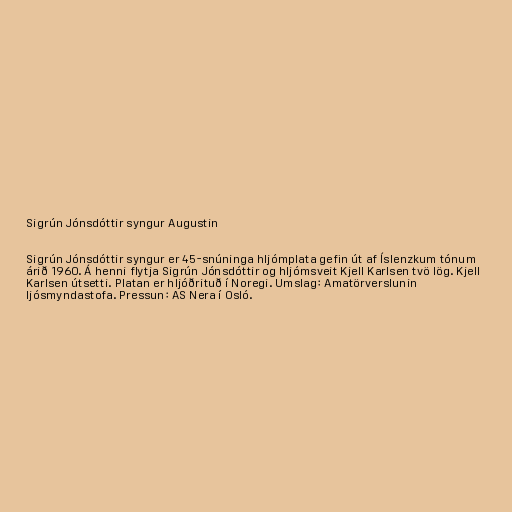
Sigrún Jónsdóttir syngur Augustin

Sigrún Jónsdóttir syngur er 45-snúninga hljómplata gefin út af Íslenzkum tónum
árið 1960. Á henni flytja Sigrún Jónsdóttir og hljómsveit Kjell Karlsen tvö lög. Kjell
Karlsen útsetti. Platan er hljóðrituð í Noregi. Umslag: Amatörverslunin
ljósmyndastofa. Pressun: AS Nera í Osló.